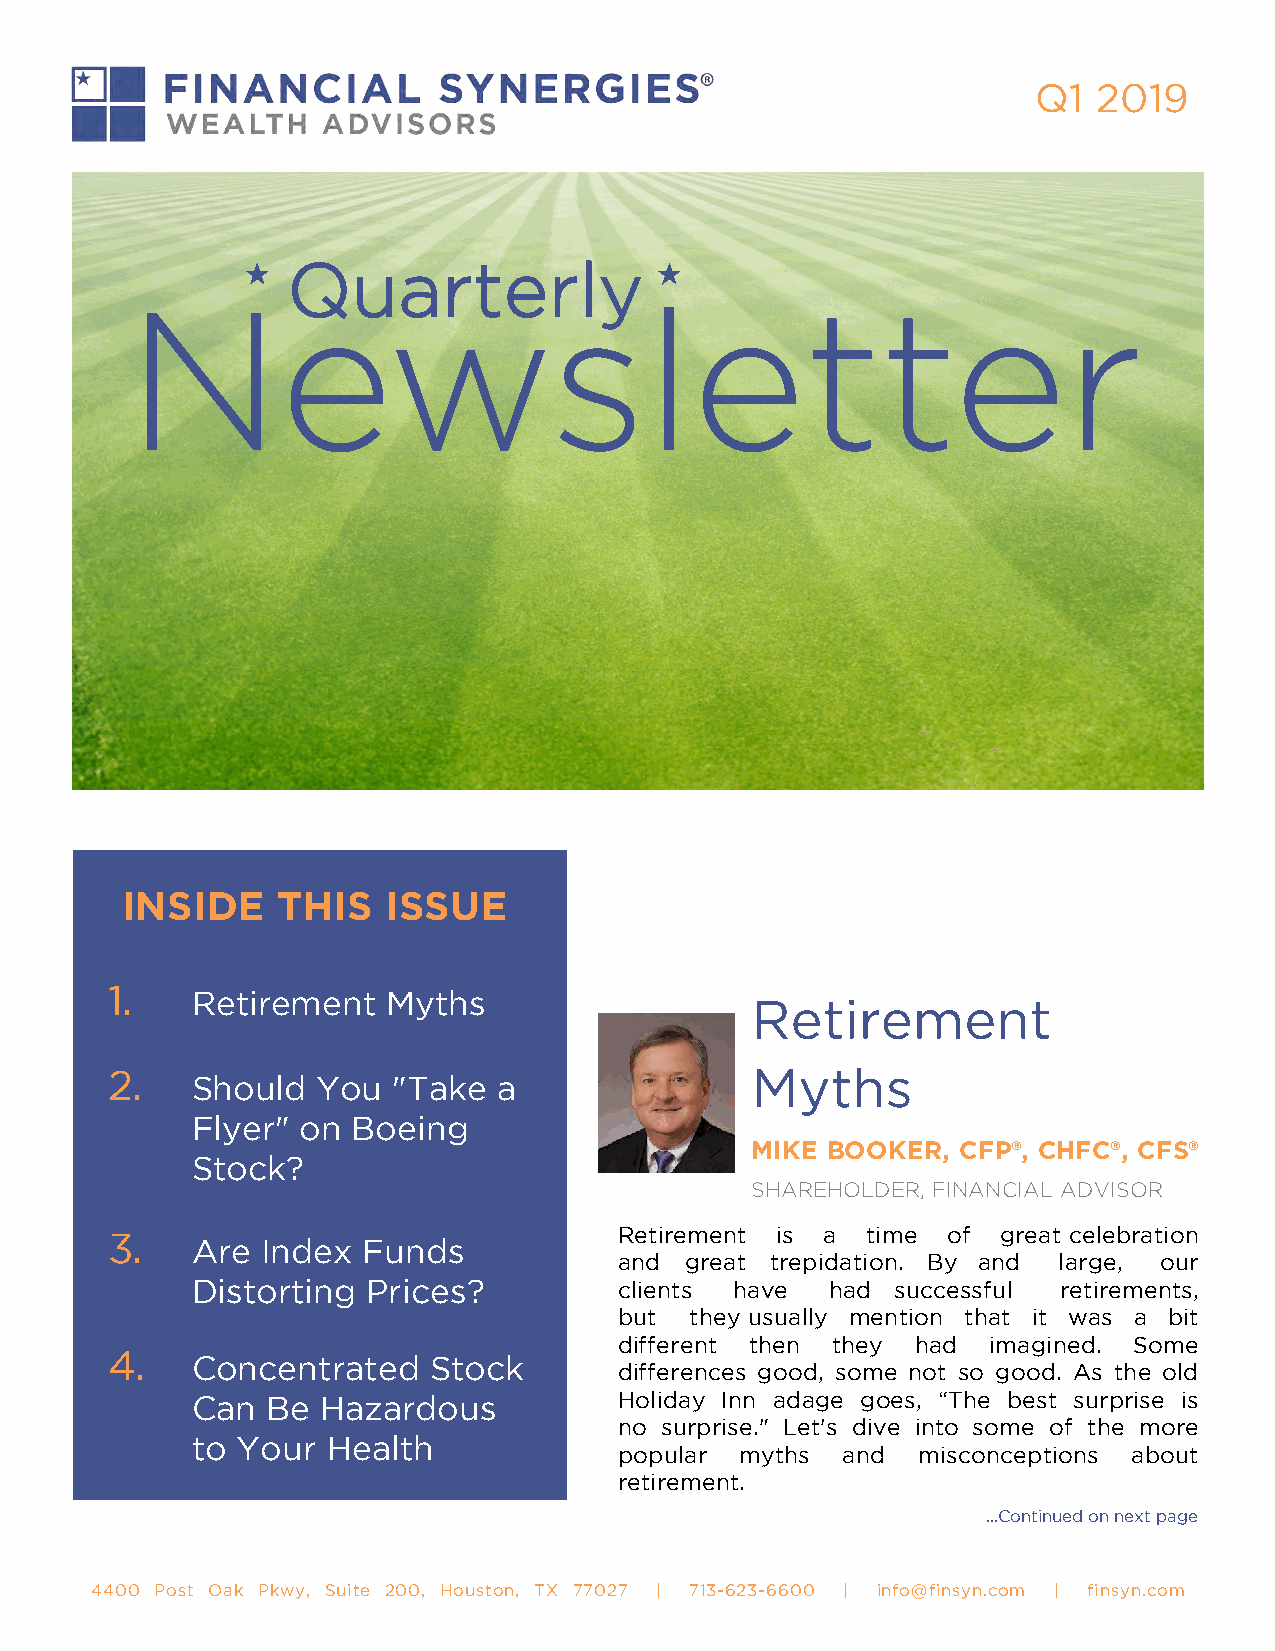
Q1 2019
 Quarterly
 Newsletter
 INSIDE    THIS    ISSUE
 1.
 Retirement   Myths
 Retirement
 2.                                         Myths
 Should  You  "Take  a
 Flyer" on Boeing
 MIKE BOOKER,  CFP®, CHFC®, CFS®
 Stock?
 SHAREHOLDER, FINANCIAL ADVISOR
 3.                                Retirement is a time  of great celebration
 Are Index  Funds
 and great trepidation. By and large, our
 Distorting Prices?          clients have  had successful retirements,
 but  they usually mention that it was a bit
 different then they had imagined. Some
 4.
 Concentrated   Stock
 differences good, some not so good. As the old
 Can  Be Hazardous           Holiday Inn adage goes, “The best surprise is
 no surprise." Let's dive into some of the more
 to Your  Health
 popular myths  and  misconceptions about
 retirement.
 ...Continued on next page
 4400 Post Oak Pkwy, Suite 200, Houston, TX 77027 | 713-623-6600 | info@finsyn.com | finsyn.com